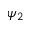
\psi _ { 2 }